Insane asylums in Bengal annual reports 1867-1875 - 1867-1875
Year: 1867
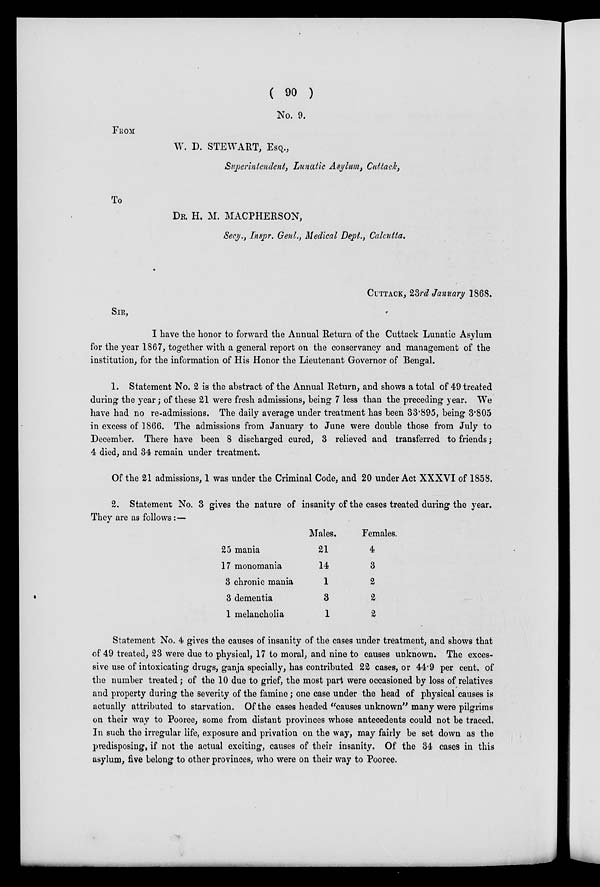
( 90 )
No. 9.
FROM
W. D. STEWART, ESQ.,
Superintendent, Lunatic Asylum, Cuttack,
To
DR. H. M. MACPHERSON,
Secy., Inspr. Genl., Medical Dept., Calcutta.
CUTTACK , 23rd January 1868.
SIR,
I have the honor to forward the Annual Return of the Cuttack Lunatic Asylum
for the year 1867, together with a general report on the conservancy and management of the
institution, for the information of His Honor the Lieutenant Governor of Bengal.
1. Statement No. 2 is the abstract of the Annual Return, and shows a total of 49 treated
during the year; of these 21 were fresh admissions, being 7 less than the preceding year. We
have had no re-admissions. The daily average under treatment has been 33.895, being 3.805
in excess of 1866. The admissions from January to June were double those from July to
December. There have been 8 discharged cured, 3 relieved and transferred to friends;
4 died, and 34 remain under treatment.
Of the 21 admissions, 1 was under the Criminal Code, and 20 under Act XXXVI of 1858.
2. Statement No. 3 gives the nature of insanity of the cases treated during the year.
They are as follows :—
25 mania
17 monomania
3 chronic mania
3 dementia
1 melancholia
Males.
21
14
1
3
1
Females.
4
3
2
2
2
Statement No. 4 gives the causes of insanity of the cases under treatment, and shows that
of 49 treated, 23 were due to physical, 17 to moral, and nine to causes unknown. The exces-
sive use of intoxicating drugs, ganja specially, has contributed 22 cases, or 44.9 per cent. of
the number treated; of the 10 due to grief, the most part were occasioned by loss of relatives
and property during the severity of the famine; one case under the head of physical causes is
actually attributed to starvation. Of the cases headed "causes unknown" many were pilgrims
on their way to Pooree, some from distant provinces whose antecedents could not be traced.
In such the irregular life, exposure and privation on the way, may fairly be set down as the
predisposing, if not the actual exciting, causes of their insanity. Of the 34 cases in this
asylum, five belong to other provinces, who were on their way to Pooree.